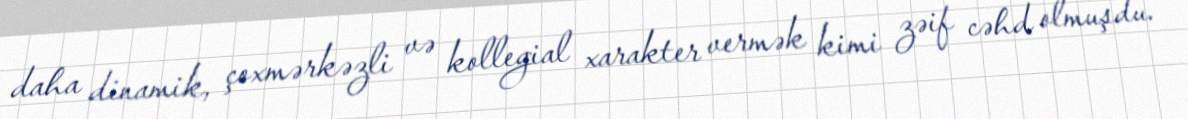
daha dinamik, çoxmərkəzli və kollegial xarakter vermək kimi zəif cəhd olmuşdu.